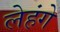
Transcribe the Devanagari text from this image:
लेहंगे